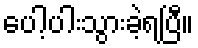
ပေါ့ပါးသွားခဲ့ရပြီ။